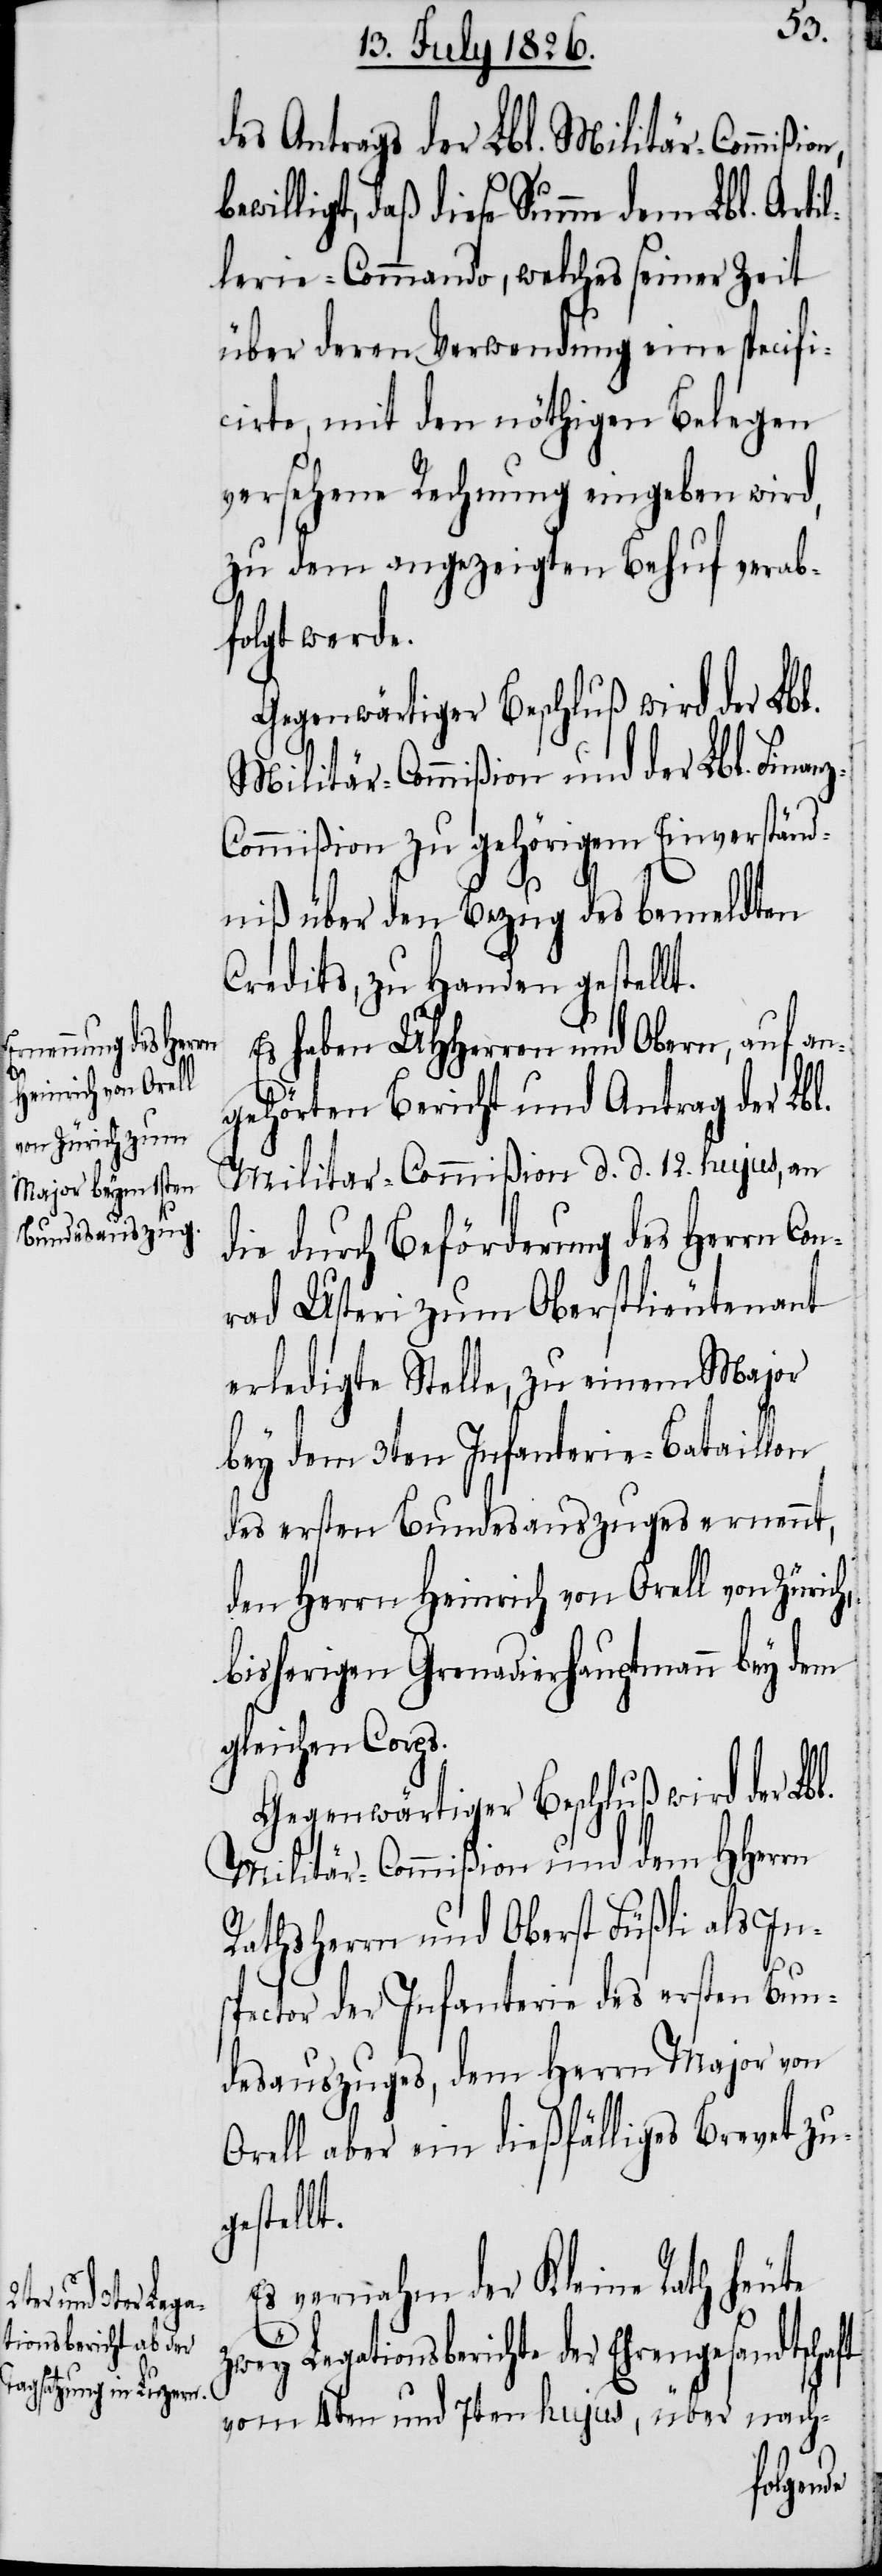
des Antrags der Lbl. Militär-Commißion
willigt, daß diese Summe dem Lbl. Arti¬
lerie-Commando, welches seiner Zeit
über deren Verwendung eine specifi¬
cirte, mit den nöthigen Belegen
versehene Rechnung eingeben wird,
zu dem angezeigten Behuf verab¬
folgt werde.
Gegenwärtiger Beschluß wird der Lbl.
Militär-Commißion und der Lbl. Finan¬
z-Commißion zu gehörigem Einverständ¬
niß über den Bezug des bemeldten
Credits, zu Handen gestellt.
Es haben MHHerren und Obern, auf an¬
gehörten Bericht und Antrag der Lbl.
Militär-Commißion d. d. 12. hujus, an
die durch Beförderung des Herrn Con¬
rad Usteri zum Oberstlieutenant
erledigte Stelle, zu einem Major
bey dem 3ten Infanterie-Bataillon
des ersten Bundesauszuges ernennt,
den Herrn Heinrich von Orell von Zürich,
bisherigen Grenadierhauptmann bey dem
gleichen Corps.
Gegenwärtiger Beschluß wird der Lbl.
Militär-Commißion und dem HHerrn
Rathsherrn und Oberst Füßli als In¬
l¬
spector der Infanterie des ersten Bun¬
desauszuges, dem Herrn Major von
Orell aber ein dießfälliges Brevet zug¬
estellt.
Es vernahm der Kleine Rath heute
zwey Legationsberichte der Ehrengesandtschaft
vom 4ten und 7ten hujus, über nach-